Scottish Leaving Certificate Examination, 1961
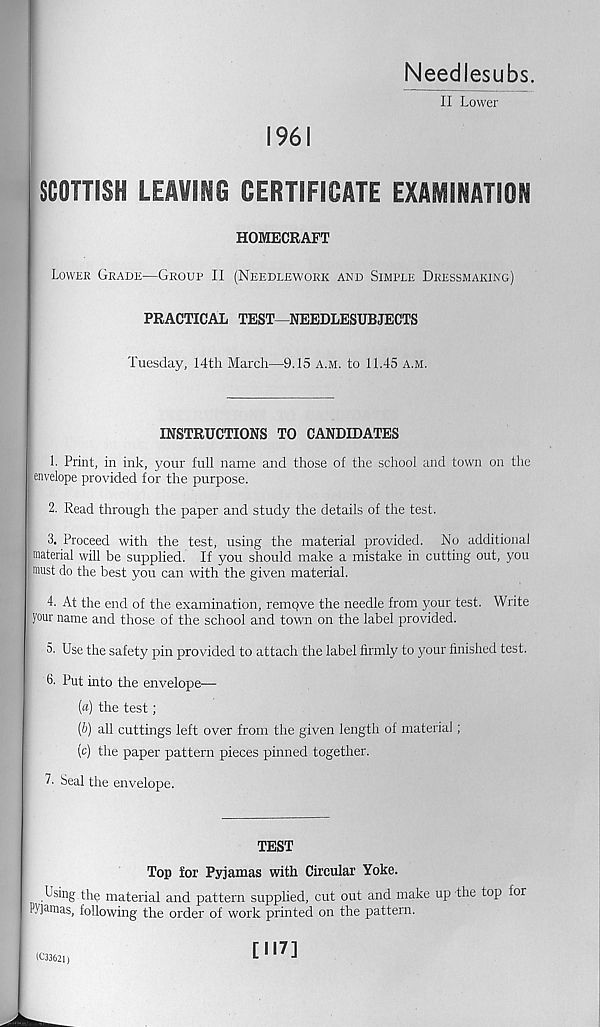
Needlesubs.
II Lower
1961
SCOTTISH LEAVING CERTIFICATE EXAMINATION
HOMECRAFT
Lower Grade—Group II (Needlework and Simple Dressmaking)
PRACTICAL TEST—NEEDLESUBJECTS
Tuesday, 14th March—9.15 a.m. to 11.45 a.m.
INSTRUCTIONS TO CANDIDATES
1. Print, in ink, your full name and those of the school and town on the
envelope provided for the purpose.
2. Read through the paper and study the details of the test.
3. Proceed with the test, using the material provided. No additional
material will be supplied. If you should make a mistake in cutting out, you
must do the best you can with the given material.
4. At the end of the examination, rempve the needle from your test. Write
your name and those of the school and town on the label provided.
5. Use the safety pin provided to attach the label firmly to your finished test.
3. Put into the envelope—
[a) the test;
(&) all cuttings left over from the given length of material;
(c) the paper pattern pieces pinned together.
Seal the envelope.
TEST
Top for Pyjamas with Circular Yoke.
Using the material and pattern supplied, cut out and make up the top for
Pyjamas, following the order of work printed on the pattern.